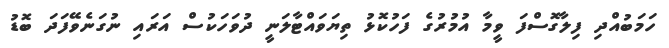
ހަމަބުއްދި ފިލާގޮސްފަ ވީމާ އުމުރުގެ ފަހުކޮޅު ތިޔަވައްޓާލަނީ ދުވަހަކުސް އަރައި ނުގަނެވޭފަދަ ބޮޑު